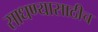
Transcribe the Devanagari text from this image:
साधण्यासाठीच